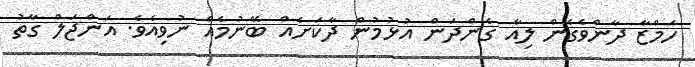
ހަމްޒާ ދާންވެގެން ލިއާ ގެންދަން އުޅުމުން ދާކަށެއް ބޭނުމެއް ނުވިއެވެ. އަންޖަލް ގާތު